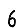
Digit: 6